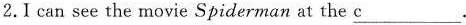
2.Ⅰ can see the movie Spiderman at the \underline{c}.